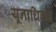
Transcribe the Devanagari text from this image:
यूनाधिक्य